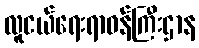
လူငယ်ရေးရာဝန်ကြီးဌာန